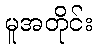
မူအတိုင်း